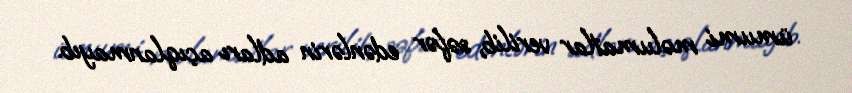
ümumi məlumatlar verilib, səfər edənlərin adları açıqlanmayıb.